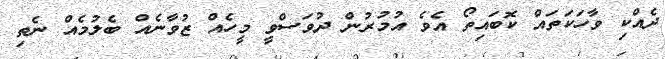
ދެއްކި ވާހަކަތައް ކޮބައިތޯ އެވެ އުމުރުން ދުވަސްވީ މީހެއް ޒުވާނެއް ބެލުމެއް ނެތި